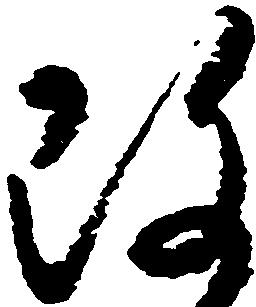
改